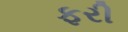
ફરી